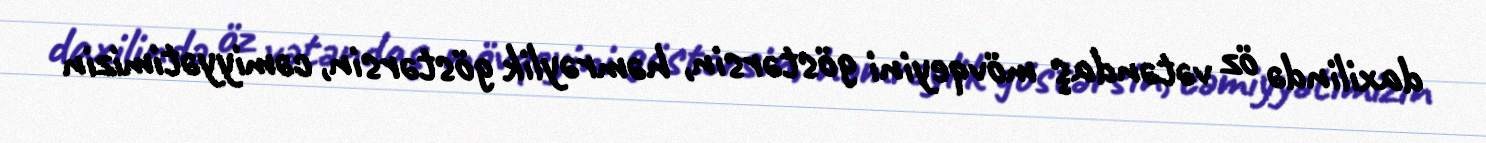
daxilində öz vətəndaş mövqeyini göstərsin, həmrəylik göstərsin, cəmiyyətimizin